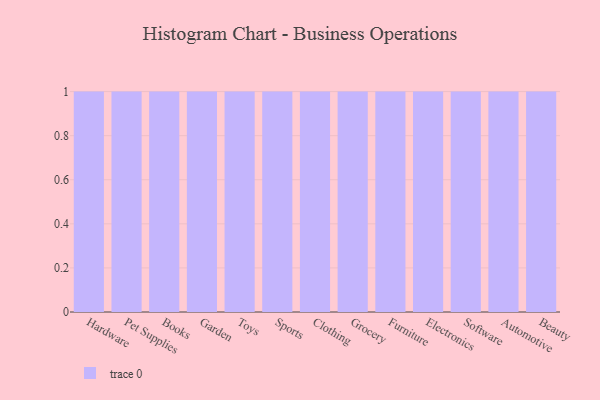
{"axis": {"x": "Category", "y": "LTV (USD)"}, "legend": [""], "data": [{"x": "Hardware", "y": 98, "type": ""}, {"x": "Pet Supplies", "y": 15, "type": ""}, {"x": "Books", "y": 17, "type": ""}, {"x": "Garden", "y": 23, "type": ""}, {"x": "Toys", "y": 84, "type": ""}, {"x": "Sports", "y": 39, "type": ""}, {"x": "Clothing", "y": 67, "type": ""}, {"x": "Grocery", "y": 76, "type": ""}, {"x": "Furniture", "y": 93, "type": ""}, {"x": "Electronics", "y": 58, "type": ""}, {"x": "Software", "y": 32, "type": ""}, {"x": "Automotive", "y": 87, "type": ""}, {"x": "Beauty", "y": 52, "type": ""}]}